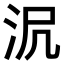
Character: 𣲻